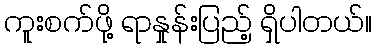
ကူးစက်ဖို့ ရာနှုန်းပြည့် ရှိပါတယ်။